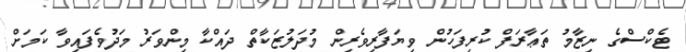
ޓެކްސްގެ ނިޒާމު ތަޢާރަފް ކުރިފަހުން ވިޔަފާރިވެރިން މުދަލުޒަކާތް ދައްކާ މިންވަރު މަދުވެފައިވާ ކަމަށް